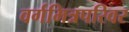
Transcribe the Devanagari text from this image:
वर्गमित्रपरिवर